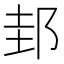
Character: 邽